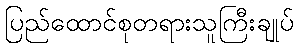
ပြည်ထောင်စုတရားသူကြီးချုပ်